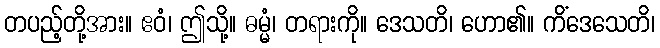
တပည့်တို့အား။ ဧဝံ၊ ဤသို့။ ဓမ္မံ၊ တရားကို။ ဒေသတိ၊ ဟော၏။ ကိံဒေသေတိ၊